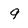
Character: 9